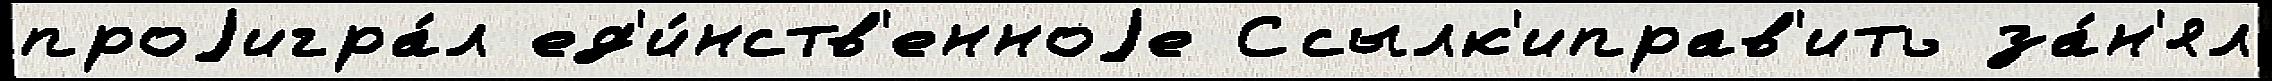
проjигра́л ед'и́нств'енноjе Ссылк'иправ'ить за́н'ял